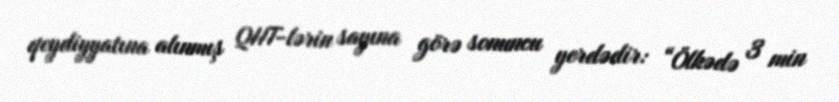
qeydiyyatına alınmış QHT-lərin sayına görə sonuncu yerdədir: “Ölkədə 3 min